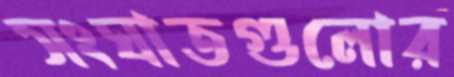
সংঘাতগুলোর